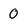
Character: 0